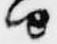
由